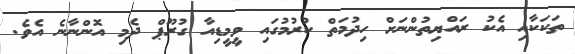
ތަކަކާއި އެކު ރައްޔިތުންނަށް ހިދުމަތް ކުރުމުގައި ވީމީޑިއާ ގުރޫޕް ދެމި އޮންނާނެ އެވެ.